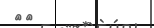
٢٦